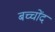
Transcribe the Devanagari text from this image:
बच्चोंद